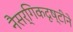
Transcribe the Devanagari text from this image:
नैसर्गिकदृष्टीने